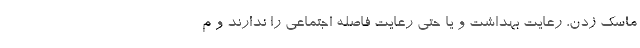
ماسک زدن، رعایت بهداشت و یا حتی رعایت فاصله اجتماعی را ندارند و م